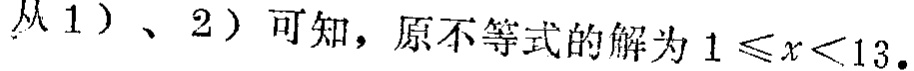
从1）、2）可知，原不等式的解为\(1 \leq x<13\)。